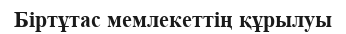
Біртұтас мемлекеттің құрылуы